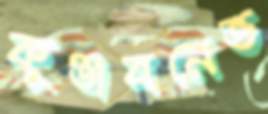
কুঞ্জবনেভ